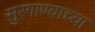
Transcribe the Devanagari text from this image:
सुरगाण्याच्या